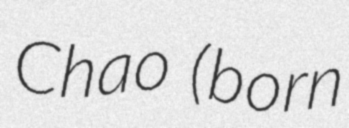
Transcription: Chao (born